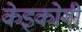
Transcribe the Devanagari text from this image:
केइकोगी